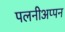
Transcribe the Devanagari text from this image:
पलनीअप्पन